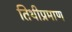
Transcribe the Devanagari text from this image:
तिथीप्रमाण